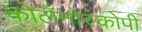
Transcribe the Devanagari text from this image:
कोलेनोस्कोपी